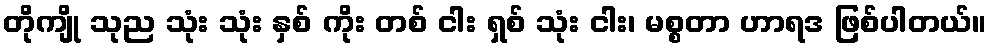
တိုကျို သုည သုံး သုံး နှစ် ကိုး တစ် ငါး ရှစ် သုံး ငါး၊ မစ္စတာ ဟာရဒ ဖြစ်ပါတယ်။